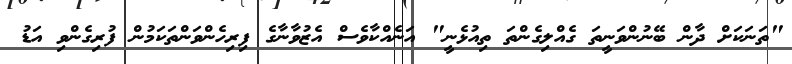
"ތަނަކަށް ދާން ބޭނުންވަނީތަ ގެއްލިގެންތަ ތިއުޅެނީ" އަނެއްކާވެސް އެޒުވާނާގެ ފިރިހެންވަންތަކަމުން ފުރިގެންވި އަޑު